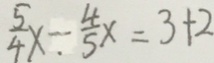
\frac { 5 } { 4 } x . - \frac { 4 } { 5 } x = 3 + 2